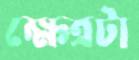
ক্ষেত্রটা